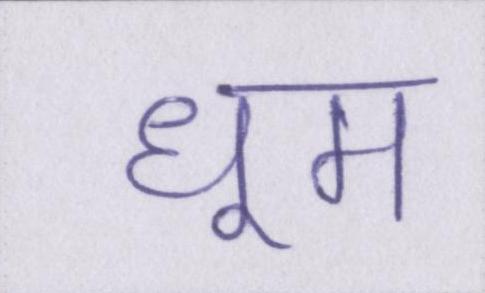
धूम